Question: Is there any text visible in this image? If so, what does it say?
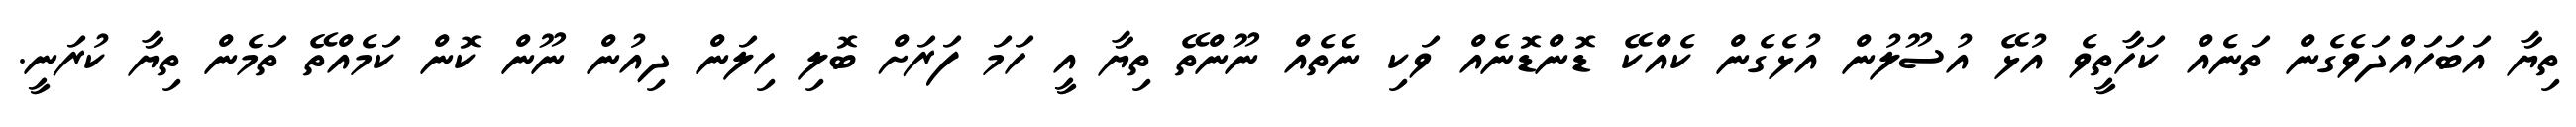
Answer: ތިޔާ އަބަހައްދަވެގެން ތަނެއް ކަހާތީވެ އުޅޭ އުސޫލުން އުޅެގެން ކެއްކޭ ޑޮންޑޮނެއް ވަކި ނެތެއް ނޫންތޭ ތިޔާ އީ ހަމަ ފަރަށް ބޮލި ހިލަން ދިއުން ނޫން ކޮން ކަމެއްތޭ ތަމެން ތިޔާ ކުރަނީ.